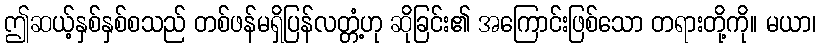
ဤဆယ့်နှစ်နှစ်စသည် တစ်ဖန်မရှိပြန်လတ္တံ့ဟု ဆိုခြင်း၏ အကြောင်းဖြစ်သော တရားတို့ကို။ မယာ၊